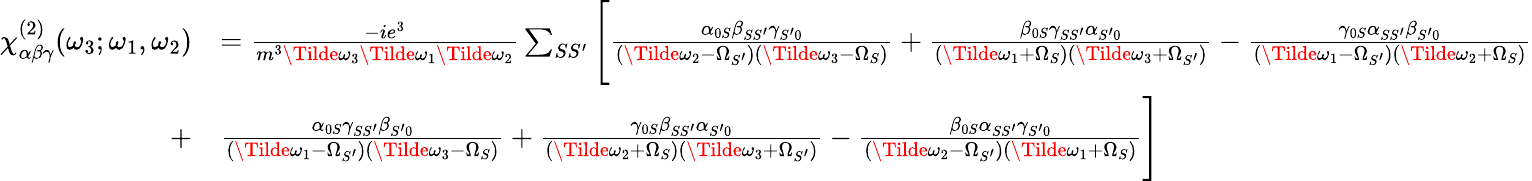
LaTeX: \begin{array}{rl}{\chi_{\alpha\beta\gamma}^{(2)}(\omega_{3};\omega_{1},\omega_{2})}&{=\frac{-ie^{3}}{m^{3}\Tilde{\omega}_{3}\Tilde{\omega}_{1}\Tilde{\omega}_{2}}\sum_{SS^{\prime}}\Bigg[\frac{\alpha_{0S}\beta_{SS^{\prime}}\gamma_{S^{\prime}0}}{(\Tilde{\omega}_{2}-\Omega_{S^{\prime}})(\Tilde{\omega}_{3}-\Omega_{S})}+\frac{\beta_{0S}\gamma_{SS^{\prime}}\alpha_{S^{\prime}0}}{(\Tilde{\omega}_{1}+\Omega_{S})(\Tilde{\omega}_{3}+\Omega_{S^{\prime}})}-\frac{\gamma_{0S}\alpha_{SS^{\prime}}\beta_{S^{\prime}0}}{(\Tilde{\omega}_{1}-\Omega_{S^{\prime}})(\Tilde{\omega}_{2}+\Omega_{S})}}\\ {+}&{\frac{\alpha_{0S}\gamma_{SS^{\prime}}\beta_{S^{\prime}0}}{(\Tilde{\omega}_{1}-\Omega_{S^{\prime}})(\Tilde{\omega}_{3}-\Omega_{S})}+\frac{\gamma_{0S}\beta_{SS^{\prime}}\alpha_{S^{\prime}0}}{(\Tilde{\omega}_{2}+\Omega_{S})(\Tilde{\omega}_{3}+\Omega_{S^{\prime}})}-\frac{\beta_{0S}\alpha_{SS^{\prime}}\gamma_{S^{\prime}0}}{(\Tilde{\omega}_{2}-\Omega_{S^{\prime}})(\Tilde{\omega}_{1}+\Omega_{S})}\Bigg]}\end{array}